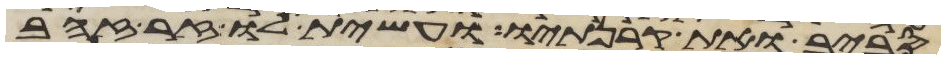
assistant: סביב ואת קרנתיו ועשית לו זר זהב